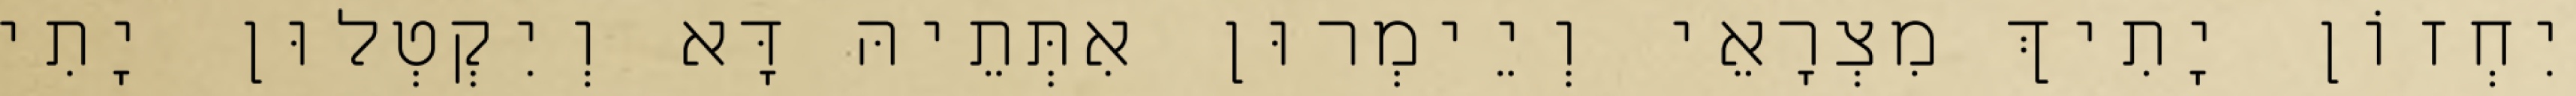
יִחְזוֹן יָתִיךְ מִצְרָאֵי וְיֵימְרוּן אִתְּתֵיהּ דָּא וְיִקְטְלוּן יָתִי